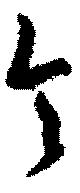
今